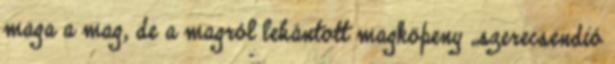
maga a mag, de a magról lehántott magköpeny „szerecsendió